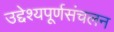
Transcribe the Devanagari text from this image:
उद्देश्यपूर्णसंचलन